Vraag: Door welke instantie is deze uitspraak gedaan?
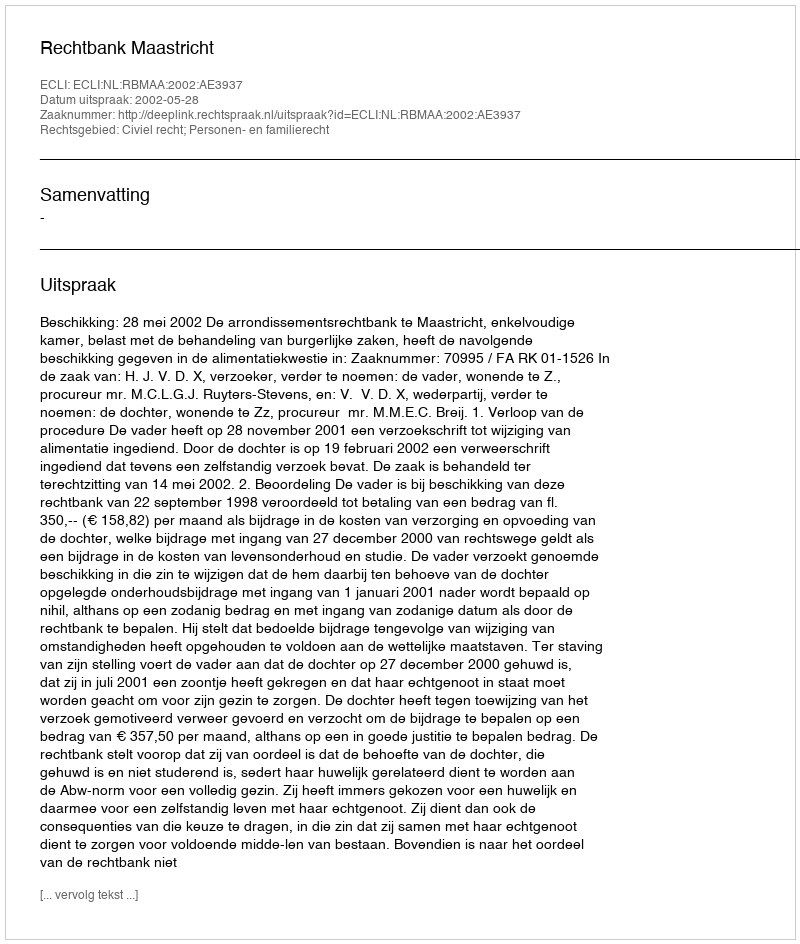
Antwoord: Rechtbank Maastricht